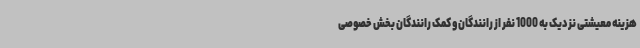
هزینه معیشتی نزدیک به 1000 نفر از رانندگان و کمک رانندگان بخش خصوصی